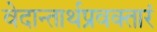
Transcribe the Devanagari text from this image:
वेदान्तार्थप्रवक्तारं